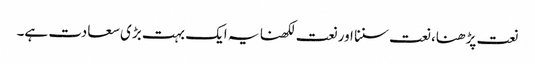
نعت پڑھنا، نعت سننا اور نعت لکھنا یہ ایک بہت بڑی سعادت ہے۔